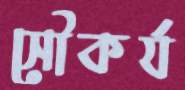
সৌকর্য